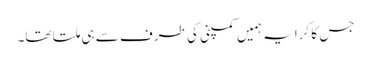
جس کا کرایہ ہمیں کمپنی کی طرف سے ہی ملتا تھا۔